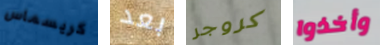
كريسماس بعد كروجر وأخذوا